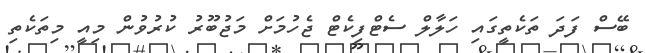
ބޭސް ފަދަ ތަކެތީގައި ހަލާލް ސެޓްފިކެޓް ޖެހުމަށް މަޖުބޫރު ކުރުވުން މިއީ މިތަކެތި